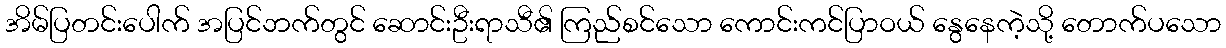
အိမ်ပြတင်းပေါက် အပြင်ဘက်တွင် ဆောင်းဦးရာသီ၏ ကြည်စင်သော ကောင်းကင်ပြာဝယ် နွေနေကဲ့သို့ တောက်ပသော